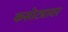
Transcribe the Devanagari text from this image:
कसोट्यावर